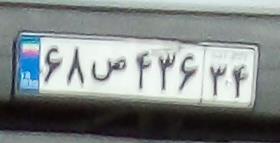
۶۸ص۴۳۶۳۴